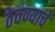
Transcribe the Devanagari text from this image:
ठेवण्याचें